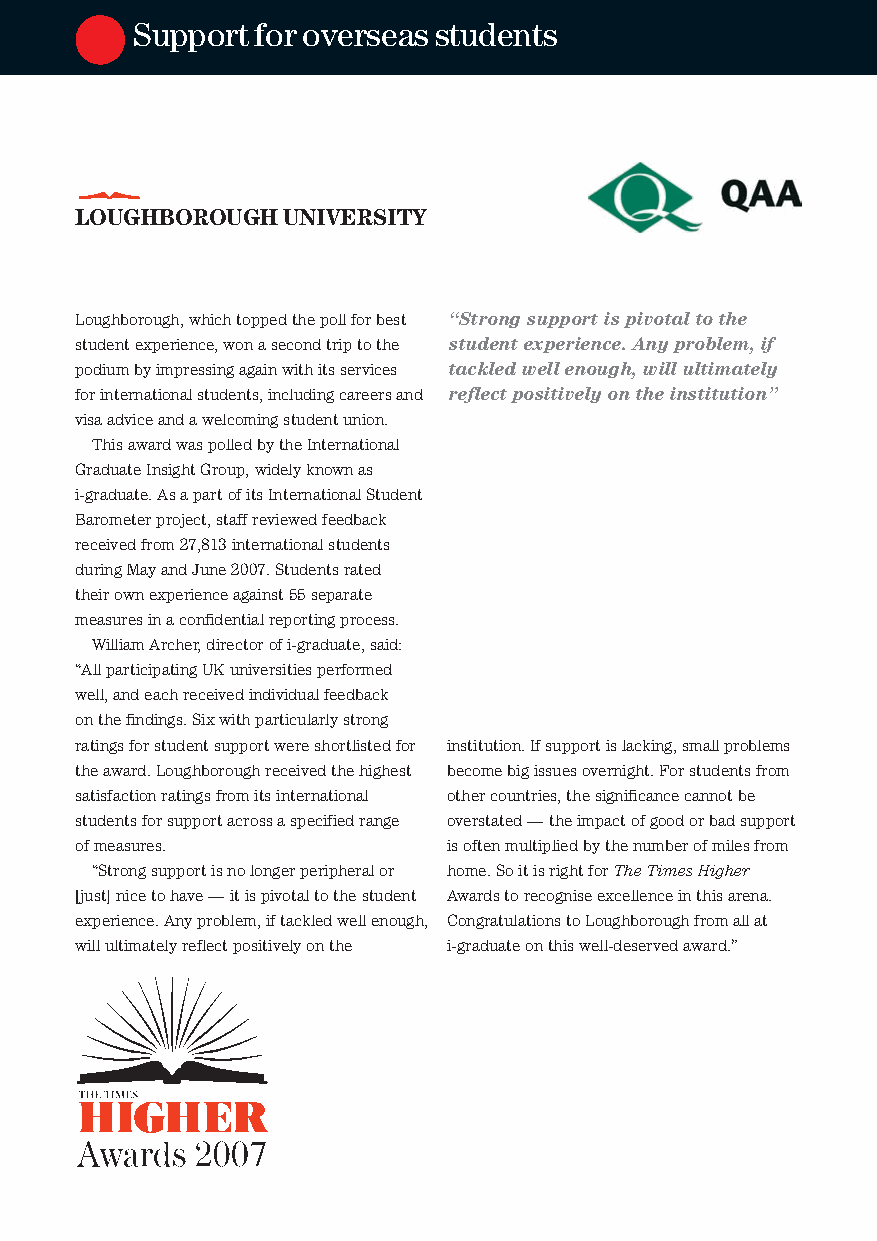
Supportforoverseasstudents
 LOUGHBOROUGHUNIVERSITY
 Loughborough,whichtoppedthepollforbest “Strongsupportispivotaltothe
 studentexperience,wonasecondtriptothe studentexperience.Anyproblem,if
 podiumbyimpressingagainwithitsservices tackledwellenough,willultimately
 forinternationalstudents,includingcareersand reflectpositivelyontheinstitution”
 visaadviceandawelcomingstudentunion.
 ThisawardwaspolledbytheInternational
 GraduateInsightGroup,widelyknownas
 i-graduate.AsapartofitsInternationalStudent
 Barometerproject,staffreviewedfeedback
 receivedfrom27,813internationalstudents
 duringMayandJune2007.Studentsrated
 theirownexperienceagainst55separate
 measuresinaconfidentialreportingprocess.
 WilliamArcher,directorofi-graduate,said:
 “AllparticipatingUKuniversitiesperformed
 well,andeachreceivedindividualfeedback
 onthefindings.Sixwithparticularlystrong
 ratingsforstudentsupportwereshortlistedfor institution.Ifsupportislacking,smallproblems
 theaward.Loughboroughreceivedthehighest becomebigissuesovernight.Forstudentsfrom
 satisfactionratingsfromitsinternational othercountries,thesignificancecannotbe
 studentsforsupportacrossaspecifiedrange overstated—theimpactofgoodorbadsupport
 ofmeasures.              isoftenmultipliedbythenumberofmilesfrom
 “Strongsupportisnolongerperipheralor home.SoitisrightforTheTimesHigher
 [just]nicetohave—itispivotaltothestudent Awardstorecogniseexcellenceinthisarena.
 experience.Anyproblem,iftackledwellenough, CongratulationstoLoughboroughfromallat
 willultimatelyreflectpositivelyonthe i-graduateonthiswell-deservedaward.”